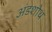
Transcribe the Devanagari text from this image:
अंडशोथ